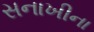
સનાખીના